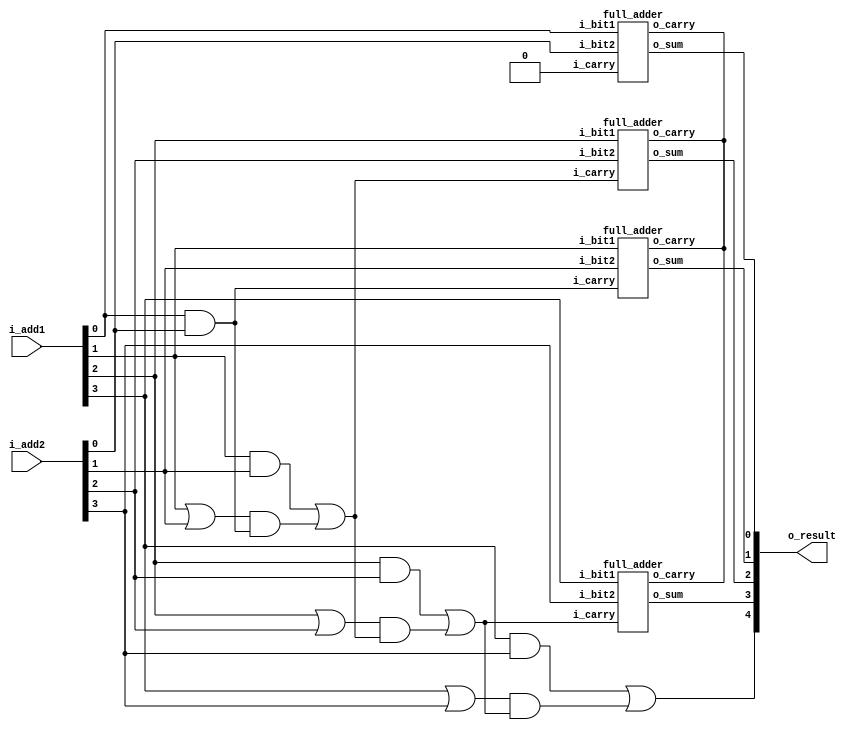
`timescale 1ns / 1ps
//////////////////////////////////////////////////////////////////////////////////
// Company: 
// Engineer: 
// 
// Design Name: 
// Module Name: Carry_LookAhead_Adder
// Project Name: 
// Target Devices: 
// Tool Versions: 
// Description: 
// 
// Dependencies: 
// 
// Revision:
// Revision 0.01 - File Created
// Additional Comments:
// 
//////////////////////////////////////////////////////////////////////////////////

module Carry_LookAhead_Adder 
  (
   input [3:0]  i_add1,
   input [3:0]  i_add2,
   output [4:0] o_result
   );
     
  wire [4:0]    w_C;
  wire [3:0]    w_G, w_P, w_SUM;
   
  full_adder full_adder_bit_0
    ( 
      .i_bit1(i_add1[0]),
      .i_bit2(i_add2[0]),
      .i_carry(w_C[0]),
      .o_sum(w_SUM[0]),
      .o_carry()
      );
 
  full_adder full_adder_bit_1
    ( 
      .i_bit1(i_add1[1]),
      .i_bit2(i_add2[1]),
      .i_carry(w_C[1]),
      .o_sum(w_SUM[1]),
      .o_carry()
      );
 
  full_adder full_adder_bit_2
    ( 
      .i_bit1(i_add1[2]),
      .i_bit2(i_add2[2]),
      .i_carry(w_C[2]),
      .o_sum(w_SUM[2]),
      .o_carry()
      );
   
  full_adder full_adder_bit_3
    ( 
      .i_bit1(i_add1[3]),
      .i_bit2(i_add2[3]),
      .i_carry(w_C[3]),
      .o_sum(w_SUM[3]),
      .o_carry()
      );
   
  // Create the Generate (G) Terms:  Gi=Ai*Bi
  assign w_G[0] = i_add1[0] & i_add2[0];
  assign w_G[1] = i_add1[1] & i_add2[1];
  assign w_G[2] = i_add1[2] & i_add2[2];
  assign w_G[3] = i_add1[3] & i_add2[3];
 
  // Create the Propagate Terms: Pi=Ai+Bi
  assign w_P[0] = i_add1[0] | i_add2[0];
  assign w_P[1] = i_add1[1] | i_add2[1];
  assign w_P[2] = i_add1[2] | i_add2[2];
  assign w_P[3] = i_add1[3] | i_add2[3];
 
  // Create the Carry Terms:
  assign w_C[0] = 1'b0; // no carry input
  assign w_C[1] = w_G[0] | (w_P[0] & w_C[0]);
  assign w_C[2] = w_G[1] | (w_P[1] & w_C[1]);
  assign w_C[3] = w_G[2] | (w_P[2] & w_C[2]);
  assign w_C[4] = w_G[3] | (w_P[3] & w_C[3]);
   
  assign o_result = {w_C[4], w_SUM};   // Verilog Concatenation
 
endmodule


module full_adder 
  (
   i_bit1,
   i_bit2,
   i_carry,
   o_sum,
   o_carry
   );
 
  input  i_bit1;
  input  i_bit2;
  input  i_carry;
  output o_sum;
  output o_carry;
 
  wire   w_WIRE_1;
  wire   w_WIRE_2;
  wire   w_WIRE_3;
       
  assign w_WIRE_1 = i_bit1 ^ i_bit2;
  assign w_WIRE_2 = w_WIRE_1 & i_carry;
  assign w_WIRE_3 = i_bit1 & i_bit2;
 
  assign o_sum   = w_WIRE_1 ^ i_carry;
  assign o_carry = w_WIRE_2 | w_WIRE_3;
 
endmodule